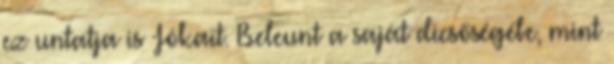
ez untatja is Jókait. Beleunt a saját dicsőségébe, mint